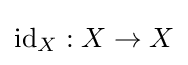
{\text{id}}_{X}:X\to X